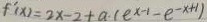
f ^ { \prime } ( x ) = 2 x - 2 + a \cdot ( e ^ { x - 1 } - e ^ { - x + 1 } )